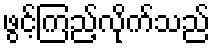
ဖွင့်ကြည့်လိုက်သည်